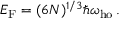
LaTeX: E _ { \mathrm { { F } } } = ( 6 N ) ^ { 1 / 3 } \hbar \omega _ { \mathrm { h o } } \, .